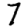
Digit: 7